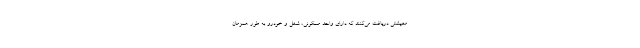
معیشتی دریافت می‌کنند که دارای واحد مسکونی، شغل و خودرو به طور همزمان